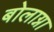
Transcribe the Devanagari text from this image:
बोलाग्ना